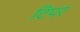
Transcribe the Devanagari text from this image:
टिपर